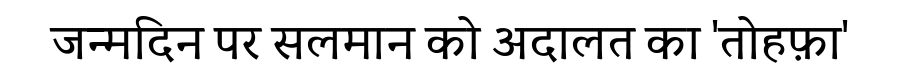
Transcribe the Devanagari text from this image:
जन्मदिन पर सलमान को अदालत का 'तोहफ़ा'